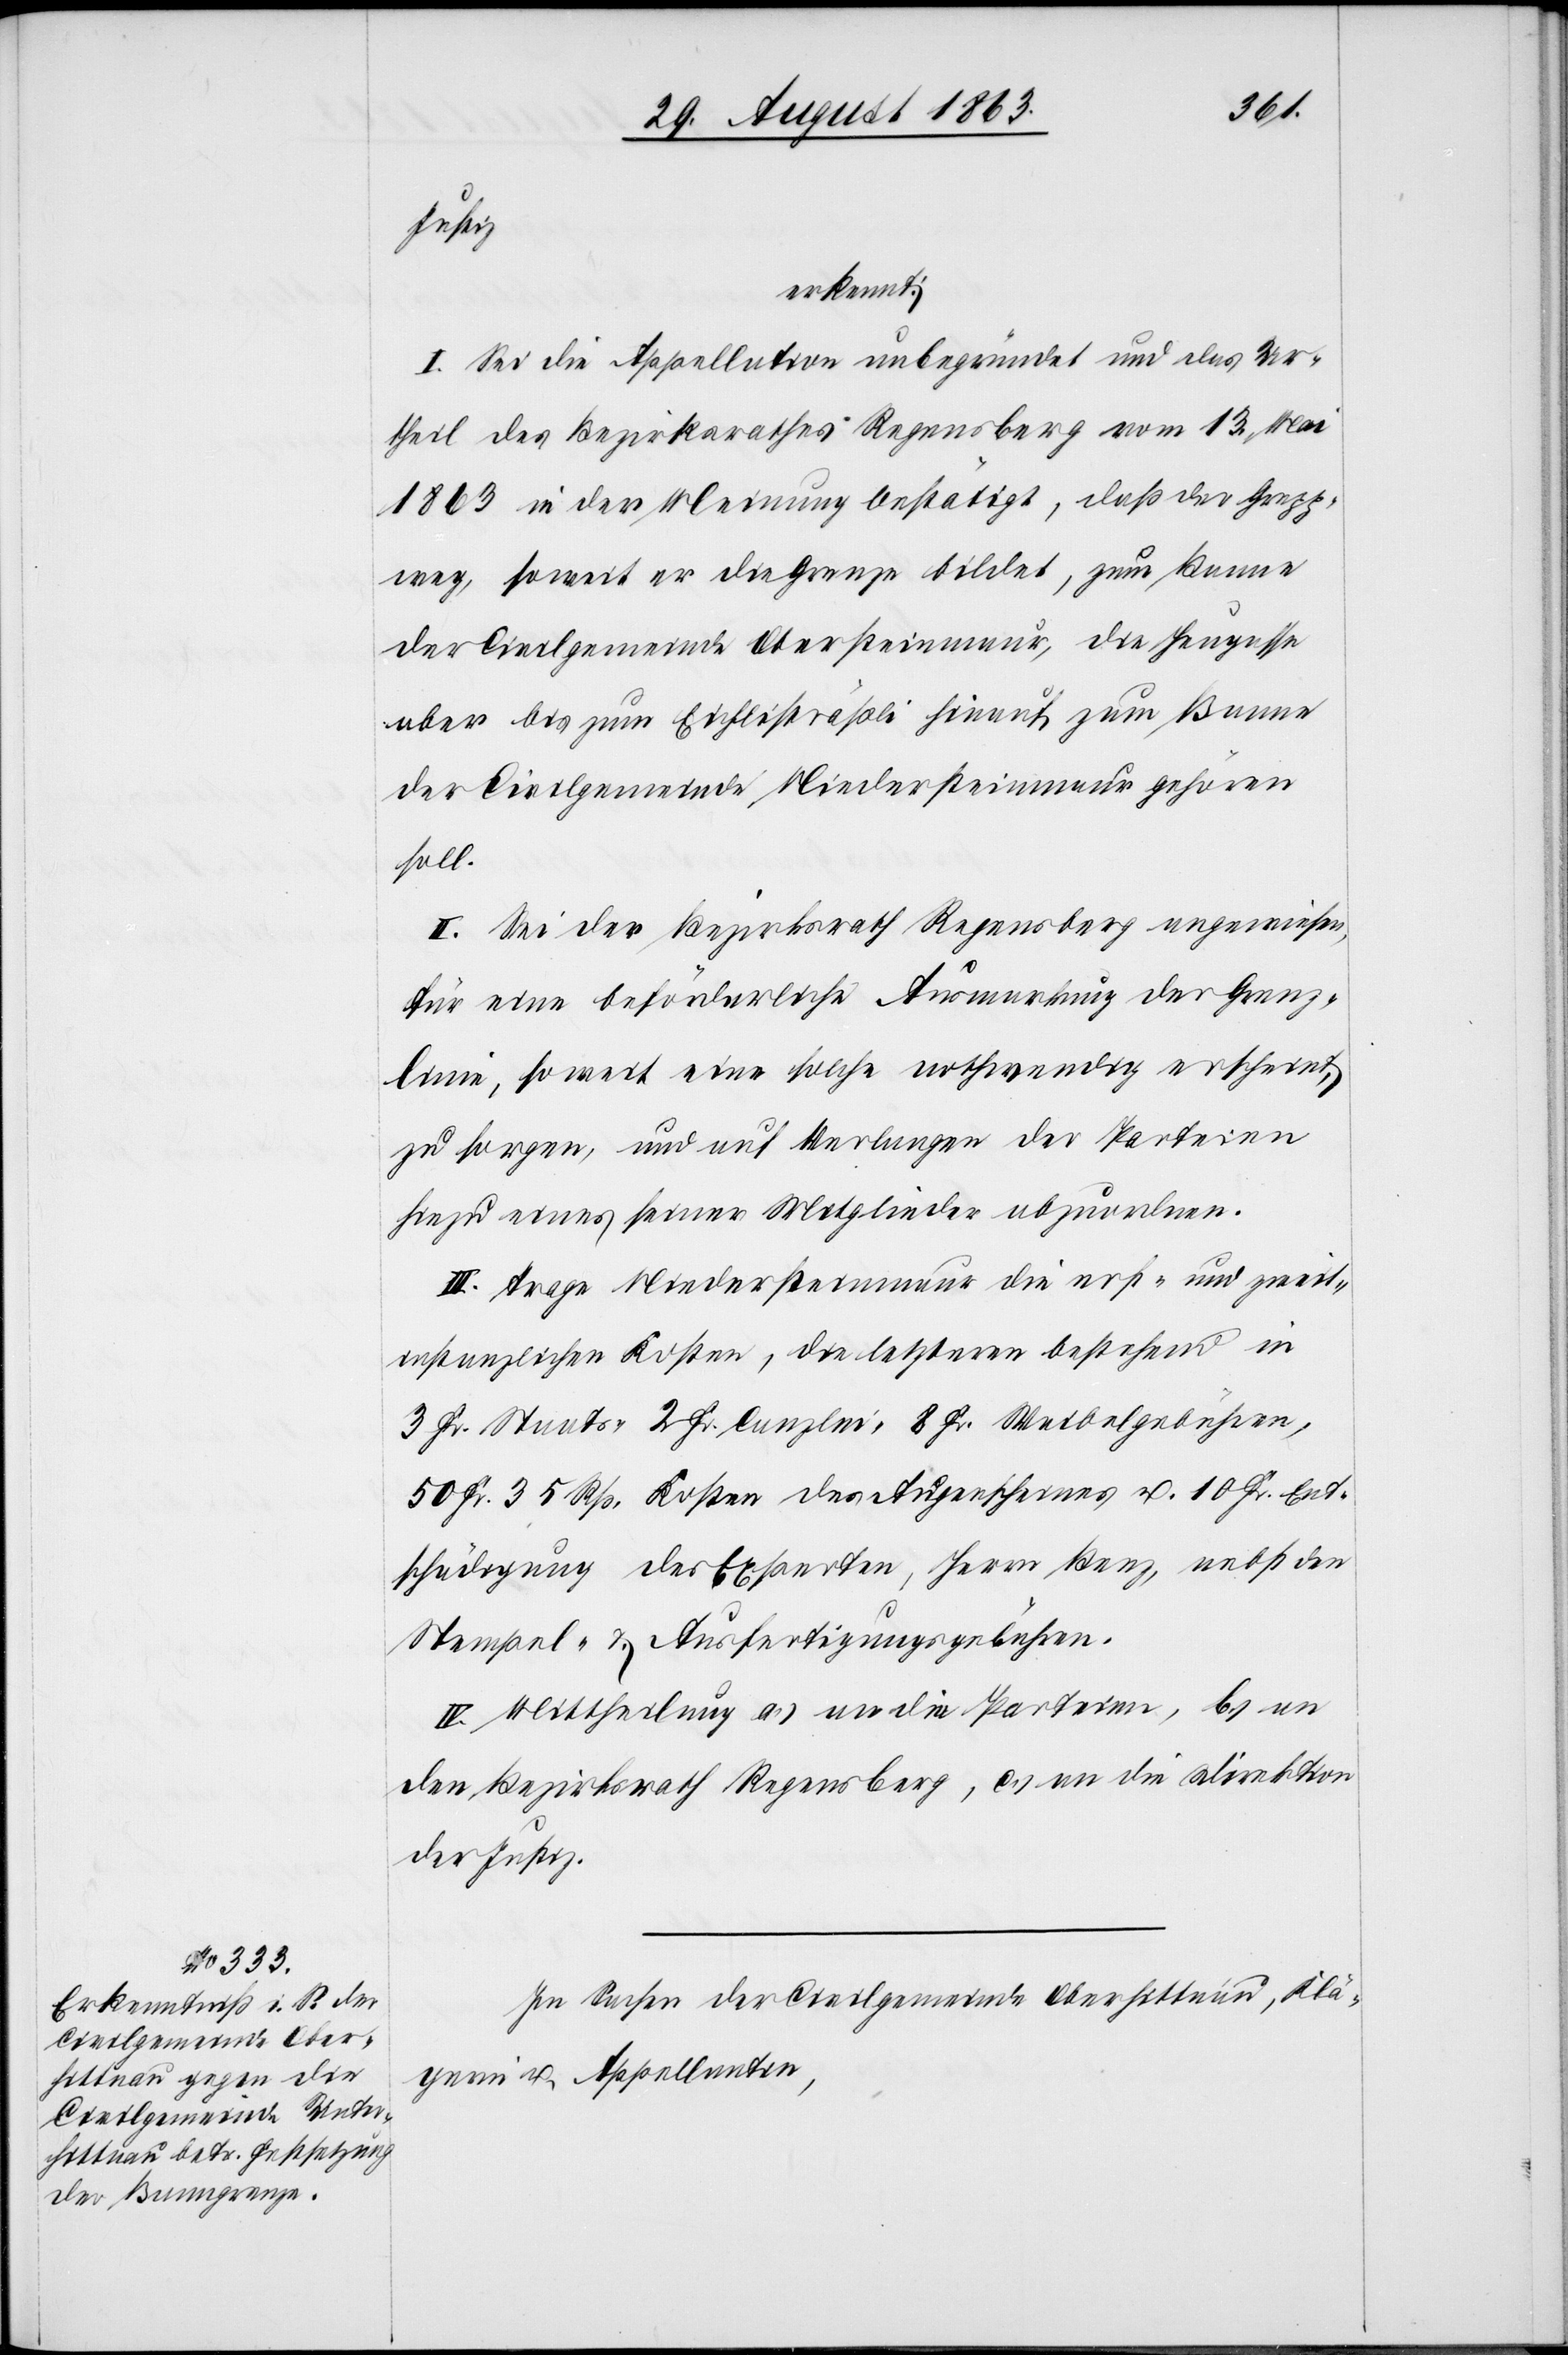
Justiz
erkennt:
I. Sei die Appellation unbegründet und das Ur¬
theil des Bezirksrathes Regensberg vom 13. Mai
1863 in der Meinung bestätigt, das der Grepp¬
weg, soweit er die Grenze bildet, zum Banne
der Civilgemeinde Obersteinmaur, die Heugasse
aber bis zum Eichlisträßli hinauf zum Banne
der Civilgemeinde Niedersteinmaur gehören
soll.
II. Sei der Bezirksrath Regensberg angewiesen,
für eine beförderliche Ausmarkung der Grenz¬
linie, soweit eine solche nothwendig erscheint,
zu sorgen, und auf Verlangen der Parteien
hiezu eines seiner Mitglieder abzuordnen.
III. Trage Niedersteinmaur die erst- und zweit¬
instanzlichen Kosten, die letzteren bestehend in
3 Fr. Staats-[,] 2 Fr. Canzlei-[,] 8 Fr. Waibelgebühren,
50 Fr. 35 Rp. Kosten des Augenscheines u. 10 Fr. Ent¬
schädigung der Experten, Herrn Benz, nebst den
Stempel- & Ausfertigungsgebühren.
IV. Mittheilung a.) an die Parteien, b.) an
den Bezirksrath Regensberg, c.) an die Direktion
der Justiz.
In Sachen der Civilgemeinde Oberhittnau, Klä¬
gerin u. Appellantin,